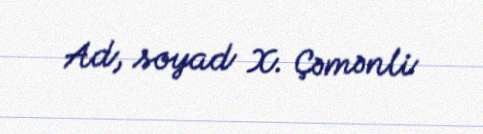
Ad, soyad X. Çəmənli